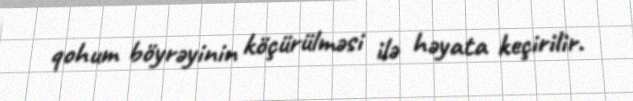
qohum böyrəyinin köçürülməsi ilə həyata keçirilir.